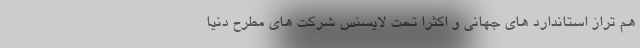
هم تراز استاندارد های جهانی و اکثراً تحت لایسنس شرکت های مطرح دنیا